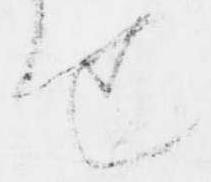
せ